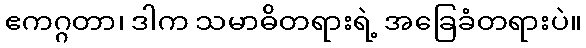
ဧကဂ္ဂတာ၊ ဒါက သမာဓိတရားရဲ့ အခြေခံတရားပဲ။